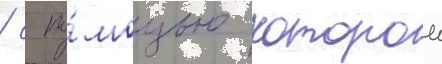
/ с по́мощью которои